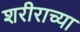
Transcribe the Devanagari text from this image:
शरीराच्या